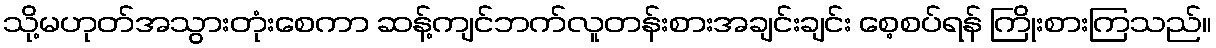
သို့မဟုတ်အသွားတုံးစေကာ ဆန့်ကျင်ဘက်လူတန်းစားအချင်းချင်း စေ့စပ်ရန် ကြိုးစားကြသည်။